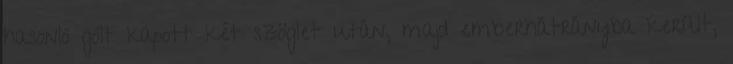
hasonló gólt kapott két szöglet után, majd emberhátrányba került,